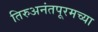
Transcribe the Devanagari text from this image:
तिरुअनंतपूरमच्या